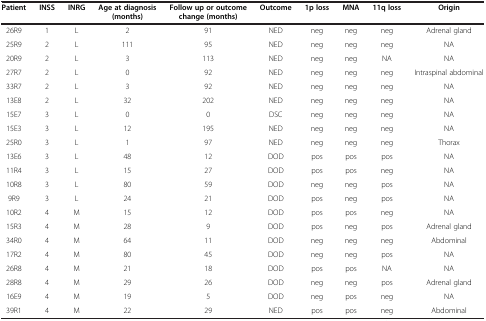
| Patient | INSS | INRG | Age at diagnosis (months) | Follow up or outcome change (months) | Outcome | 1p loss | MNA | 11q loss | Origin |
 | --- | --- | --- | --- | --- | --- | --- | --- | --- | --- |
 | 26R9 | 1 | L | 2 | 91 | NED | neg | neg | neg | Adrenal gland |
 | 25R9 | 2 | L | 111 | 95 | NED | neg | neg | neg | NA |
 | 20R9 | 2 | L | 3 | 113 | NED | neg | neg | NA | NA |
 | 27R7 | 2 | L | 0 | 92 | NED | neg | neg | neg | Intraspinal abdominal |
 | 33R7 | 2 | L | 3 | 92 | NED | neg | neg | neg | NA |
 | 13E8 | 2 | L | 32 | 202 | NED | neg | neg | neg | NA |
 | 15E7 | 3 | L | 0 | 0 | DSC | neg | neg | neg | NA |
 | 15E3 | 3 | L | 12 | 195 | NED | neg | neg | neg | NA |
 | 25R0 | 3 | L | 1 | 97 | NED | neg | neg | neg | Thorax |
 | 13E6 | 3 | L | 48 | 12 | DOD | pos | pos | pos | NA |
 | 11R4 | 3 | L | 15 | 27 | DOD | pos | pos | neg | NA |
 | 10R8 | 3 | L | 80 | 59 | DOD | neg | neg | pos | NA |
 | 9R9 | 3 | L | 24 | 21 | DOD | pos | neg | pos | NA |
 | 10R2 | 4 | M | 15 | 12 | DOD | pos | pos | neg | NA |
 | 15R3 | 4 | M | 28 | 9 | DOD | pos | neg | pos | Adrenal gland |
 | 34R0 | 4 | M | 64 | 11 | DOD | neg | neg | neg | Abdominal |
 | 17R2 | 4 | M | 80 | 45 | DOD | neg | neg | pos | NA |
 | 26R8 | 4 | M | 21 | 18 | DOD | pos | pos | NA | NA |
 | 28R8 | 4 | M | 29 | 26 | DOD | neg | neg | pos | Adrenal gland |
 | 16E9 | 4 | M | 19 | 5 | DOD | neg | pos | neg | NA |
 | 39R1 | 4 | M | 22 | 29 | NED | pos | pos | neg | Abdominal |